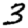
Digit: 3